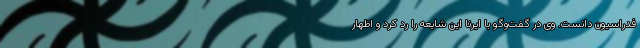
فدراسیون دانست. وی در گفت‌وگو با ایرنا این شایعه را رد کرد و اظهار